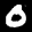
Label: 0